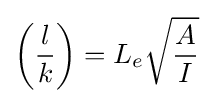
\left({\frac {l}{k}}\right)=L_{e}{\sqrt {A \over I}}